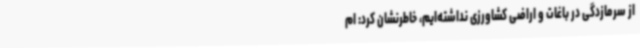
از سرمازدگی در باغات و اراضی کشاورزی نداشته‌ایم، خاطرنشان کرد: ام